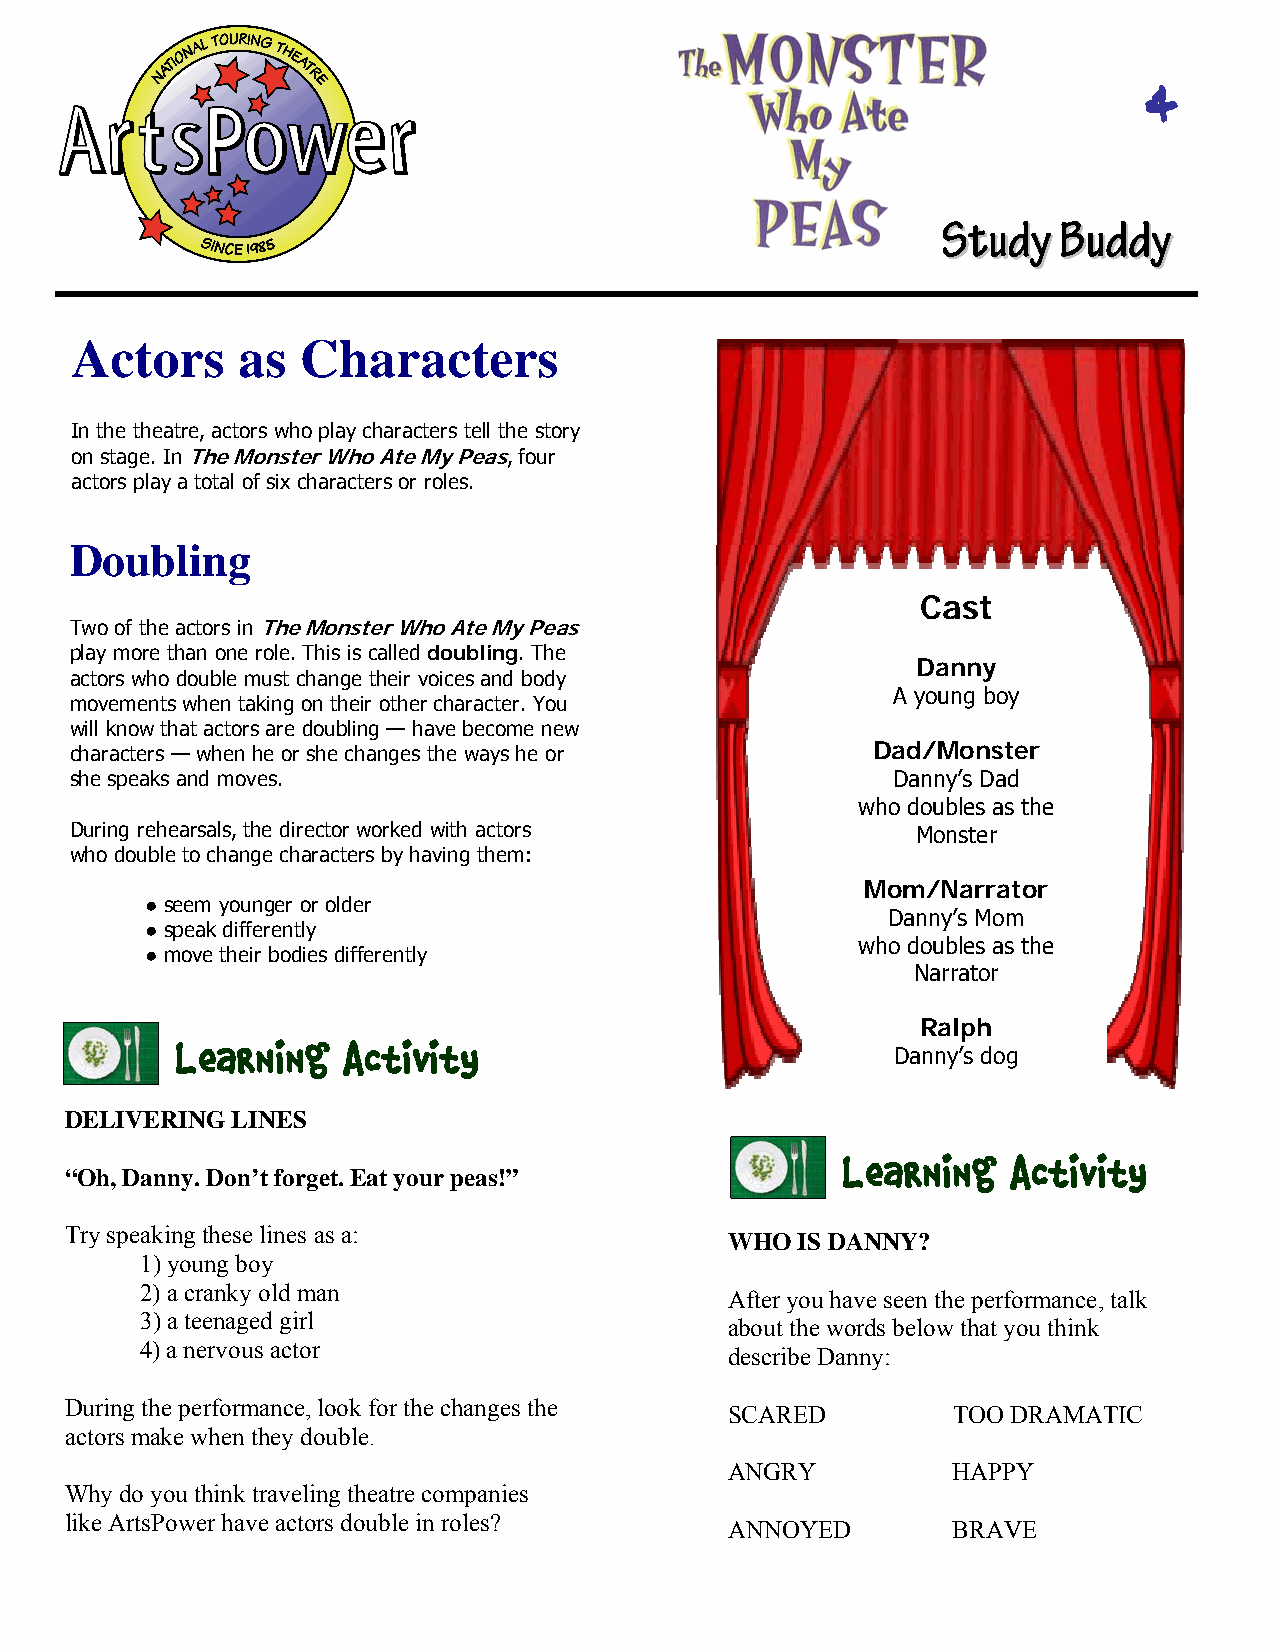
4
 SSttuuddyyBBuuddddyy
 Actors     as  Characters
 In the theatre, actors who play characters tell the story
 on stage. In The Monster Who Ate My Peas, four
 actors play a total of six characters or roles.
 Doubling
 Cast
 Two of the actors in The Monster Who Ate My Peas
 play more than one role. This is called doubling. The
 Danny
 actors who double must change their voices and body
 A young boy
 movements when taking on their other character. You
 will know that actors are doubling — have become new
 characters — when he or she changes the ways he or   Dad/Monster
 she speaks and moves.                                 Danny’s Dad
 who doubles as the
 During rehearsals, the director worked with actors      Monster
 who double to change characters by having them:
 Mom/Narrator
 ● seem younger or older
 Danny’s Mom
 ● speak differently
 who doubles as the
 ● move their bodies differently
 Narrator
 Ralph
 Learning   Activity                            Danny’s dog
 DELIVERING LINES
 Learning   Activity
 “Oh, Danny. Don’t forget. Eat your peas!”
 Try speaking these lines as a:
 WHO  IS DANNY?
 1)young boy
 2)a cranky old man
 After you have seen the performance, talk
 3) a teenaged girl
 about the words below that you think
 4) a nervous actor
 describe Danny:
 During the performance, look for the changes the
 SCARED         TOO DRAMATIC
 actors make when they double.
 ANGRY          HAPPY
 Why do you think traveling theatre companies
 like ArtsPower have actors double in roles?
 ANNOYED        BRAVE